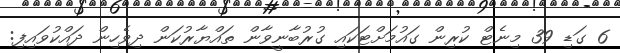
6 ގަޑި 39 މިނެޓް ކުރިން ގައުމަށްޓަކައި ގުރުބާނީވާން ތައްޔާރުކަން ދިވެހިން ދައްކުވައިފި: